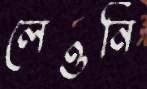
লেওনি